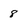
Character: 8